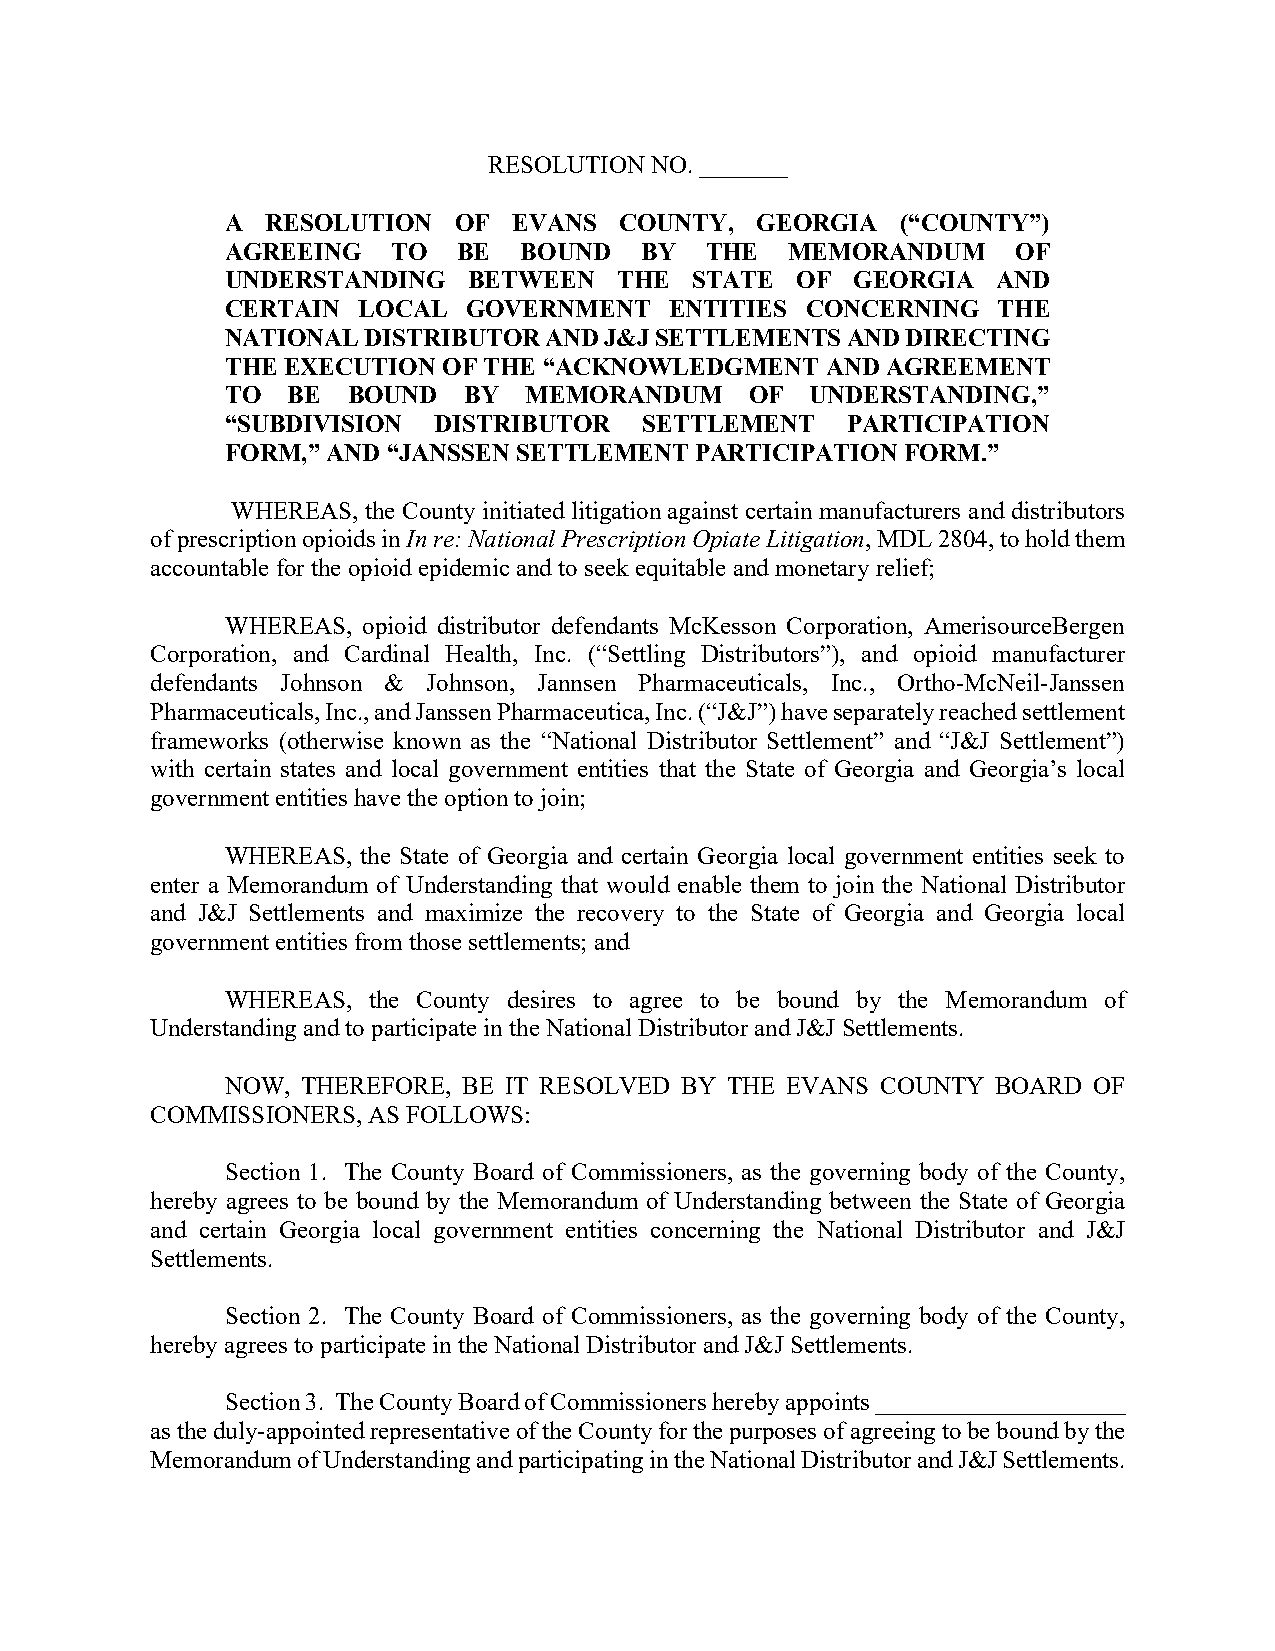
RESOLUTION NO. _______
 A  RESOLUTION  OF  EVANS  COUNTY,  GEORGIA   (“COUNTY”)
 AGREEING   TO  BE  BOUND   BY   THE  MEMORANDUM     OF
 UNDERSTANDING   BETWEEN   THE  STATE  OF GEORGIA   AND
 CERTAIN  LOCAL  GOVERNMENT   ENTITIES CONCERNING   THE
 NATIONAL DISTRIBUTOR AND J&J SETTLEMENTS AND DIRECTING
 THE EXECUTION OF THE “ACKNOWLEDGMENT    AND AGREEMENT
 TO  BE  BOUND   BY  MEMORANDUM     OF  UNDERSTANDING,”
 “SUBDIVISION  DISTRIBUTOR   SETTLEMENT   PARTICIPATION
 FORM,” AND “JANSSEN SETTLEMENT PARTICIPATION FORM.”
 WHEREAS, the County initiated litigation against certain manufacturers and distributors
 of prescription opioids in In re: National Prescription Opiate Litigation, MDL 2804, to hold them
 accountable for the opioid epidemic and to seek equitable and monetary relief;
 WHEREAS, opioid distributor defendants McKesson Corporation, AmerisourceBergen
 Corporation, and Cardinal Health, Inc. (“Settling Distributors”), and opioid manufacturer
 defendants Johnson & Johnson, Jannsen Pharmaceuticals, Inc., Ortho-McNeil-Janssen
 Pharmaceuticals, Inc., and Janssen Pharmaceutica, Inc. (“J&J”) have separately reached settlement
 frameworks (otherwise known as the “National Distributor Settlement” and “J&J Settlement”)
 with certain states and local government entities that the State of Georgia and Georgia’s local
 government entities have the option to join;
 WHEREAS, the State of Georgia and certain Georgia local government entities seek to
 enter a Memorandum of Understanding that would enable them to join the National Distributor
 and J&J Settlements and maximize the recovery to the State of Georgia and Georgia local
 government entities from those settlements; and
 WHEREAS, the County desires to agree to be bound by the Memorandum of
 Understanding and to participate in the National Distributor and J&J Settlements.
 NOW, THEREFORE, BE IT RESOLVED BY THE EVANS COUNTY BOARD OF
 COMMISSIONERS, AS FOLLOWS:
 Section 1. The County Board of Commissioners, as the governing body of the County,
 hereby agrees to be bound by the Memorandum of Understanding between the State of Georgia
 and certain Georgia local government entities concerning the National Distributor and J&J
 Settlements.
 Section 2. The County Board of Commissioners, as the governing body of the County,
 hereby agrees to participate in the National Distributor and J&J Settlements.
 Section 3. The County Board of Commissioners hereby appoints ____________________
 as the duly-appointed representative of the County for the purposes of agreeing to be bound by the
 Memorandum of Understanding and participating in the National Distributor and J&J Settlements.